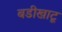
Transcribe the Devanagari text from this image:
बडीखाटू